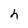
Character: h